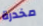
مخدرة